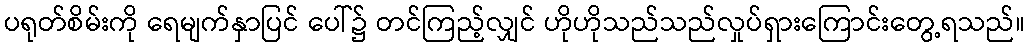
ပရုတ်စိမ်းကို ရေမျက်နှာပြင် ပေါ်၌ တင်ကြည့်လျှင် ဟိုဟိုသည်သည်လှုပ်ရှားကြောင်းတွေ့ရသည်။